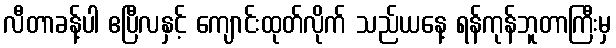
လီတာခန့်ပါ ဧပြီလနှင့် ကျောင်းထုတ်လိုက် သည်ယနေ့ ရန်ကုန်ဘူတာကြီးမှ